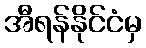
အီရန်နိုင်ငံမှ